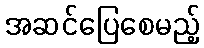
အဆင်ပြေစေမည့်